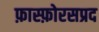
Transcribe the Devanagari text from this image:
फ़ास्फ़ोरसप्रद